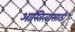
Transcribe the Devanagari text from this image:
आस्तित्वासाठी